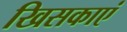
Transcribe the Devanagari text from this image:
खिसकाएं